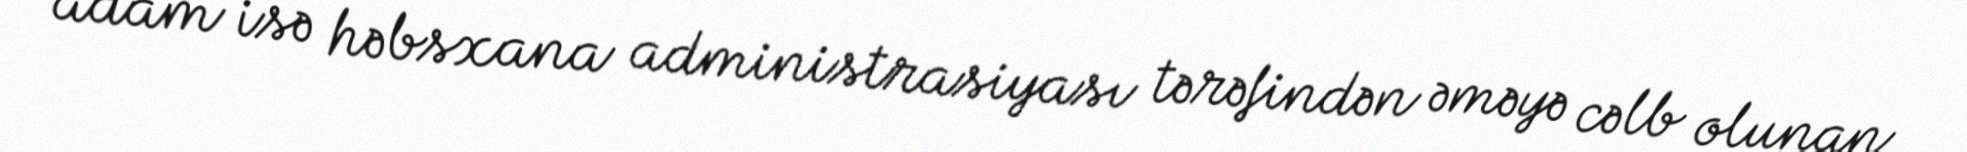
adam isə həbsxana administrasiyası tərəfindən əməyə cəlb olunan